French and German assistants in Scottish schools and training centres, 1936
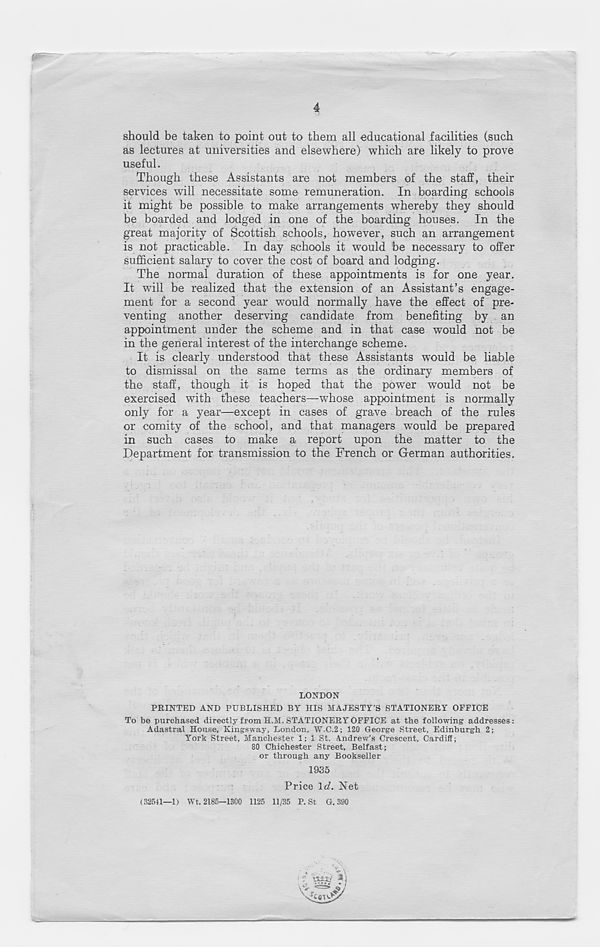
4
should be taken to point out to them all educational facilities (such
as lectures at universities and elsewhere) which are likely to prove
useful.
Though these Assistants are not members of the staff, their
services will necessitate some remuneration. In boarding schools
it might be possible to make arrangements whereby they should
be boarded and lodged in one of the boarding houses. In the
great majority of Scottish schools, however, such an arrangement
is not practicable. In day schools it would be necessary to offer
sufficient salary to cover the cost of board and lodging.
The normal duration of these appointments is for one year.
It will be realized that the extension of an Assistant’s engage-
ment for a second year would normally have the effect of pre-
venting another deserving candidate from benefiting by an
appointment under the scheme and in that case would not be
in the general interest of the interchange scheme.
It is clearly understood that these Assistants would be liable
to dismissal on the same terms as the ordinary members of
the staff, though it is hoped that the pow T er would not be
exercised with these teachers—whose appointment is normally
only for a year—except in cases of grave breach of the rules
or comity of the school, and that managers would be prepared
in such cases to make a report upon the matter to the
Department for transmission to the French or German authorities.
LONDON
PRINTED AND PUBLISHED BY HIS MAJESTY’S STATIONERY OFFICE
To be purchased directly from H.M. STATIONERY OFFICE at the following addresses :
Adastral House, Kings way, London. W.C.2; 120 George Street, Edinburgh 2;
York Street, Manchester 1; 1 St. Andrew’s Crescent, Cardiff;
80 Chichester Street, Belfast;
or through any Bookseller
1935
Price Id. Net
(32541—1) Wt. 2185—1300 1125 11/35 P. St G. 390